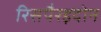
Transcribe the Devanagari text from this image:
रिसपैरइदोन